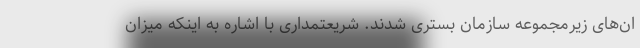
ان‌های زیرمجموعه سازمان بستری شدند. شریعتمداری با اشاره به اینکه میزان